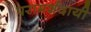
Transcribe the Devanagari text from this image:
परामर्शदायी